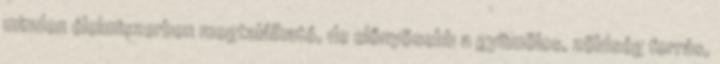
minden élelmiszerben megtalálható, de előnyösebb a gyümölcs, zöldség forrás,